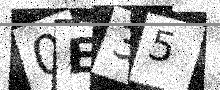
Text: 0E35